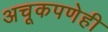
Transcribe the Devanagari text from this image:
अचूकपणेही